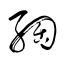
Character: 綯